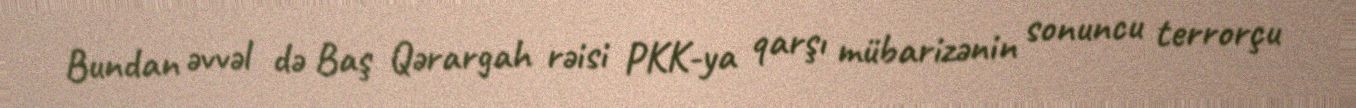
Bundan əvvəl də Baş Qərargah rəisi PKK-ya qarşı mübarizənin sonuncu terrorçu